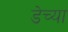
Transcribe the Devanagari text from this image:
डेच्या